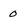
Character: O